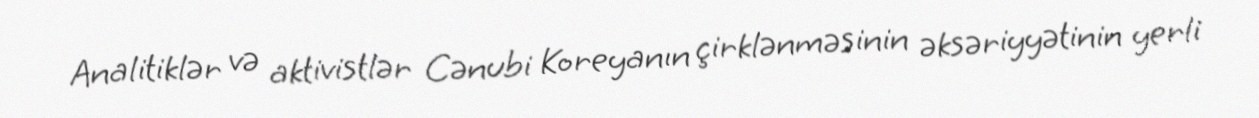
Analitiklər və aktivistlər Cənubi Koreyanın çirklənməsinin əksəriyyətinin yerli